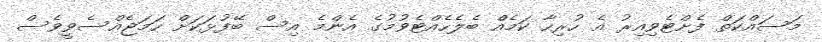
މަސައްކަތް ފެށްޓެވިއިރު އެ ހުރިހާ ކަމެއް ބެލެހެއްޓެވުމުގެ އެންމެ އިސް ބޭފުޅަކަށް ހަމަޖެއްސެވީވެސް